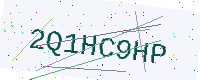
Text: 2Q1HC9HP